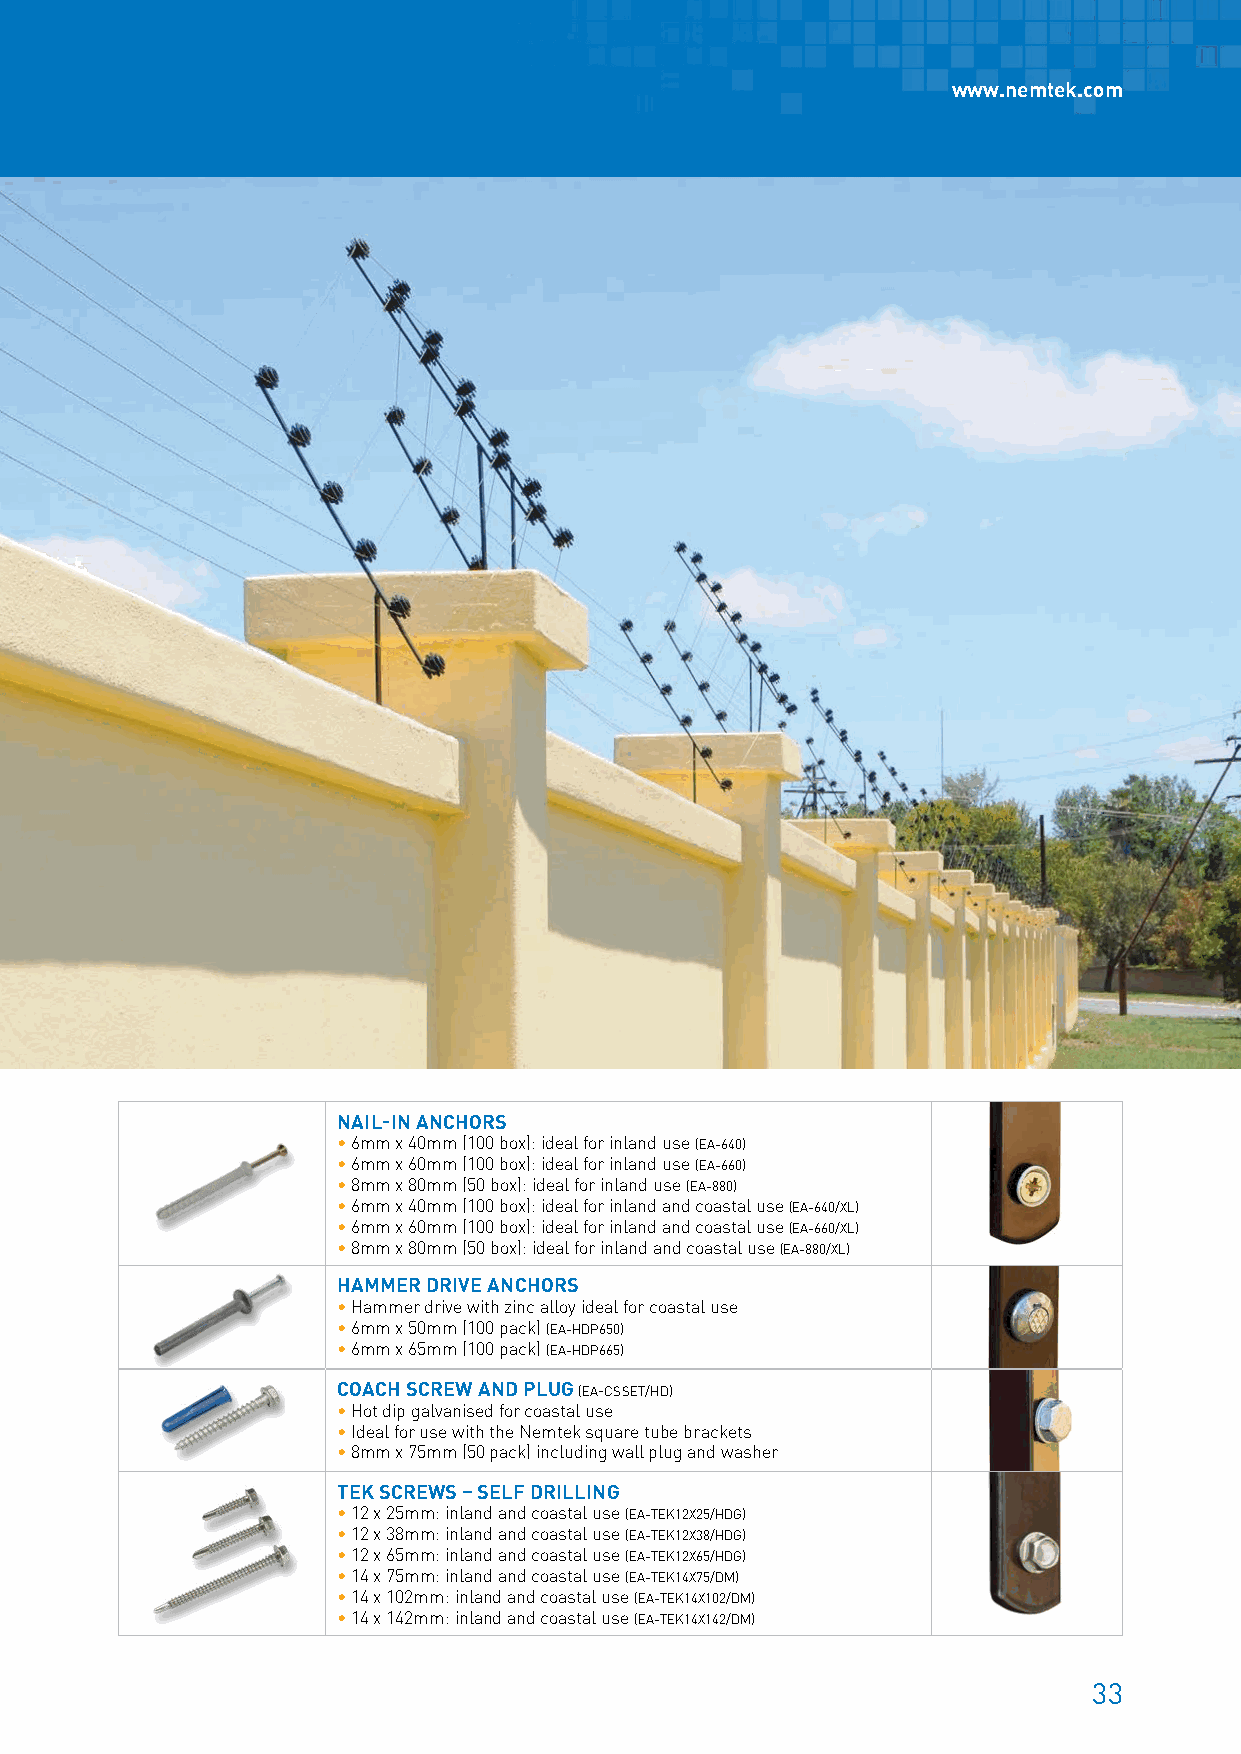
www.nemtek.com
 NAIL-IN ANCHORS
 • 6mm x 40mm (100 box): ideal for inland use (EA-640)
 • 6mm x 60mm (100 box): ideal for inland use (EA-660)
 • 8mm x 80mm (50 box): ideal for inland use (EA-880)
 • 6mm x 40mm (100 box): ideal for inland and coastal use (EA-640/XL)
 • 6mm x 60mm (100 box): ideal for inland and coastal use (EA-660/XL)
 • 8mm x 80mm (50 box): ideal for inland and coastal use (EA-880/XL)
 HAMMER DRIVE ANCHORS
 • Hammer drive with zinc alloy ideal for coastal use
 • 6mm x 50mm (100 pack) (EA-HDP650)
 • 6mm x 65mm (100 pack) (EA-HDP665)
 COACH SCREW AND PLUG (EA-CSSET/HD)
 • Hot dip galvanised for coastal use
 • Ideal for use with the Nemtek square tube brackets
 • 8mm x 75mm (50 pack) including wall plug and washer
 TEK SCREWS – SELF DRILLING
 • 12 x 25mm: inland and coastal use (EA-TEK12X25/HDG)
 • 12 x 38mm: inland and coastal use (EA-TEK12X38/HDG)
 • 12 x 65mm: inland and coastal use (EA-TEK12X65/HDG)
 • 14 x 75mm: inland and coastal use (EA-TEK14X75/DM)
 • 14 x 102mm: inland and coastal use (EA-TEK14X102/DM)
 • 14 x 142mm: inland and coastal use (EA-TEK14X142/DM)
 33